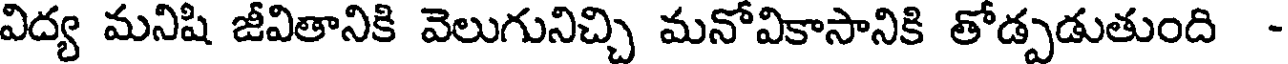
విద్య మనిషి జీవితానికి వెలుగునిచ్చి మనోవికాసానికి తోడ్పడుతుంది -